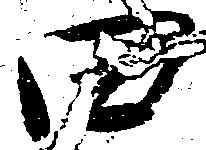
田